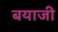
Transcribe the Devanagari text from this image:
बयाजी